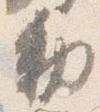
勅